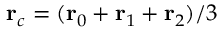
\mathbf { r } _ { c } = ( \mathbf { r } _ { 0 } + \mathbf { r } _ { 1 } + \mathbf { r } _ { 2 } ) / 3